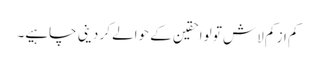
کم از کم لاش تو لواحقین کے حوالے کر دینی چاہیے۔